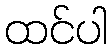
ထင်ပါ